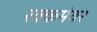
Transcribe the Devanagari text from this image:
रक्कमेवर